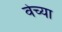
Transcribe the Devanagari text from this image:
वेच्या